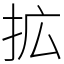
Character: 拡